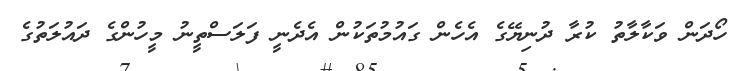
ހޯދަން ވަކާލާތު ކުރާ ދުނިޔޭގެ އެހެން ގައުމުތަކުން އެދެނީ ފަލަސްތީނު މީހުންގެ ދައުލަތުގެ